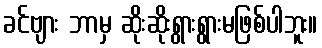
ခင်ဗျား ဘာမှ ဆိုးဆိုးရွားရွားမဖြစ်ပါဘူး။